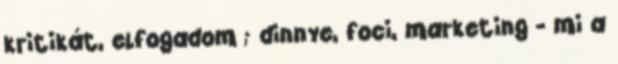
kritikát, elfogadom ; dinnye, foci, marketing - mi a